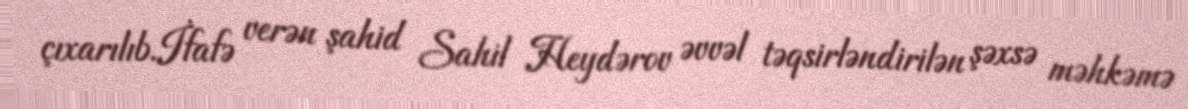
çıxarılıb.İfafə verən şahid Sahil Heydərov əvvəl təqsirləndirilən şəxsə məhkəmə